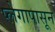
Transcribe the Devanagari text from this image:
प्लेगापासून